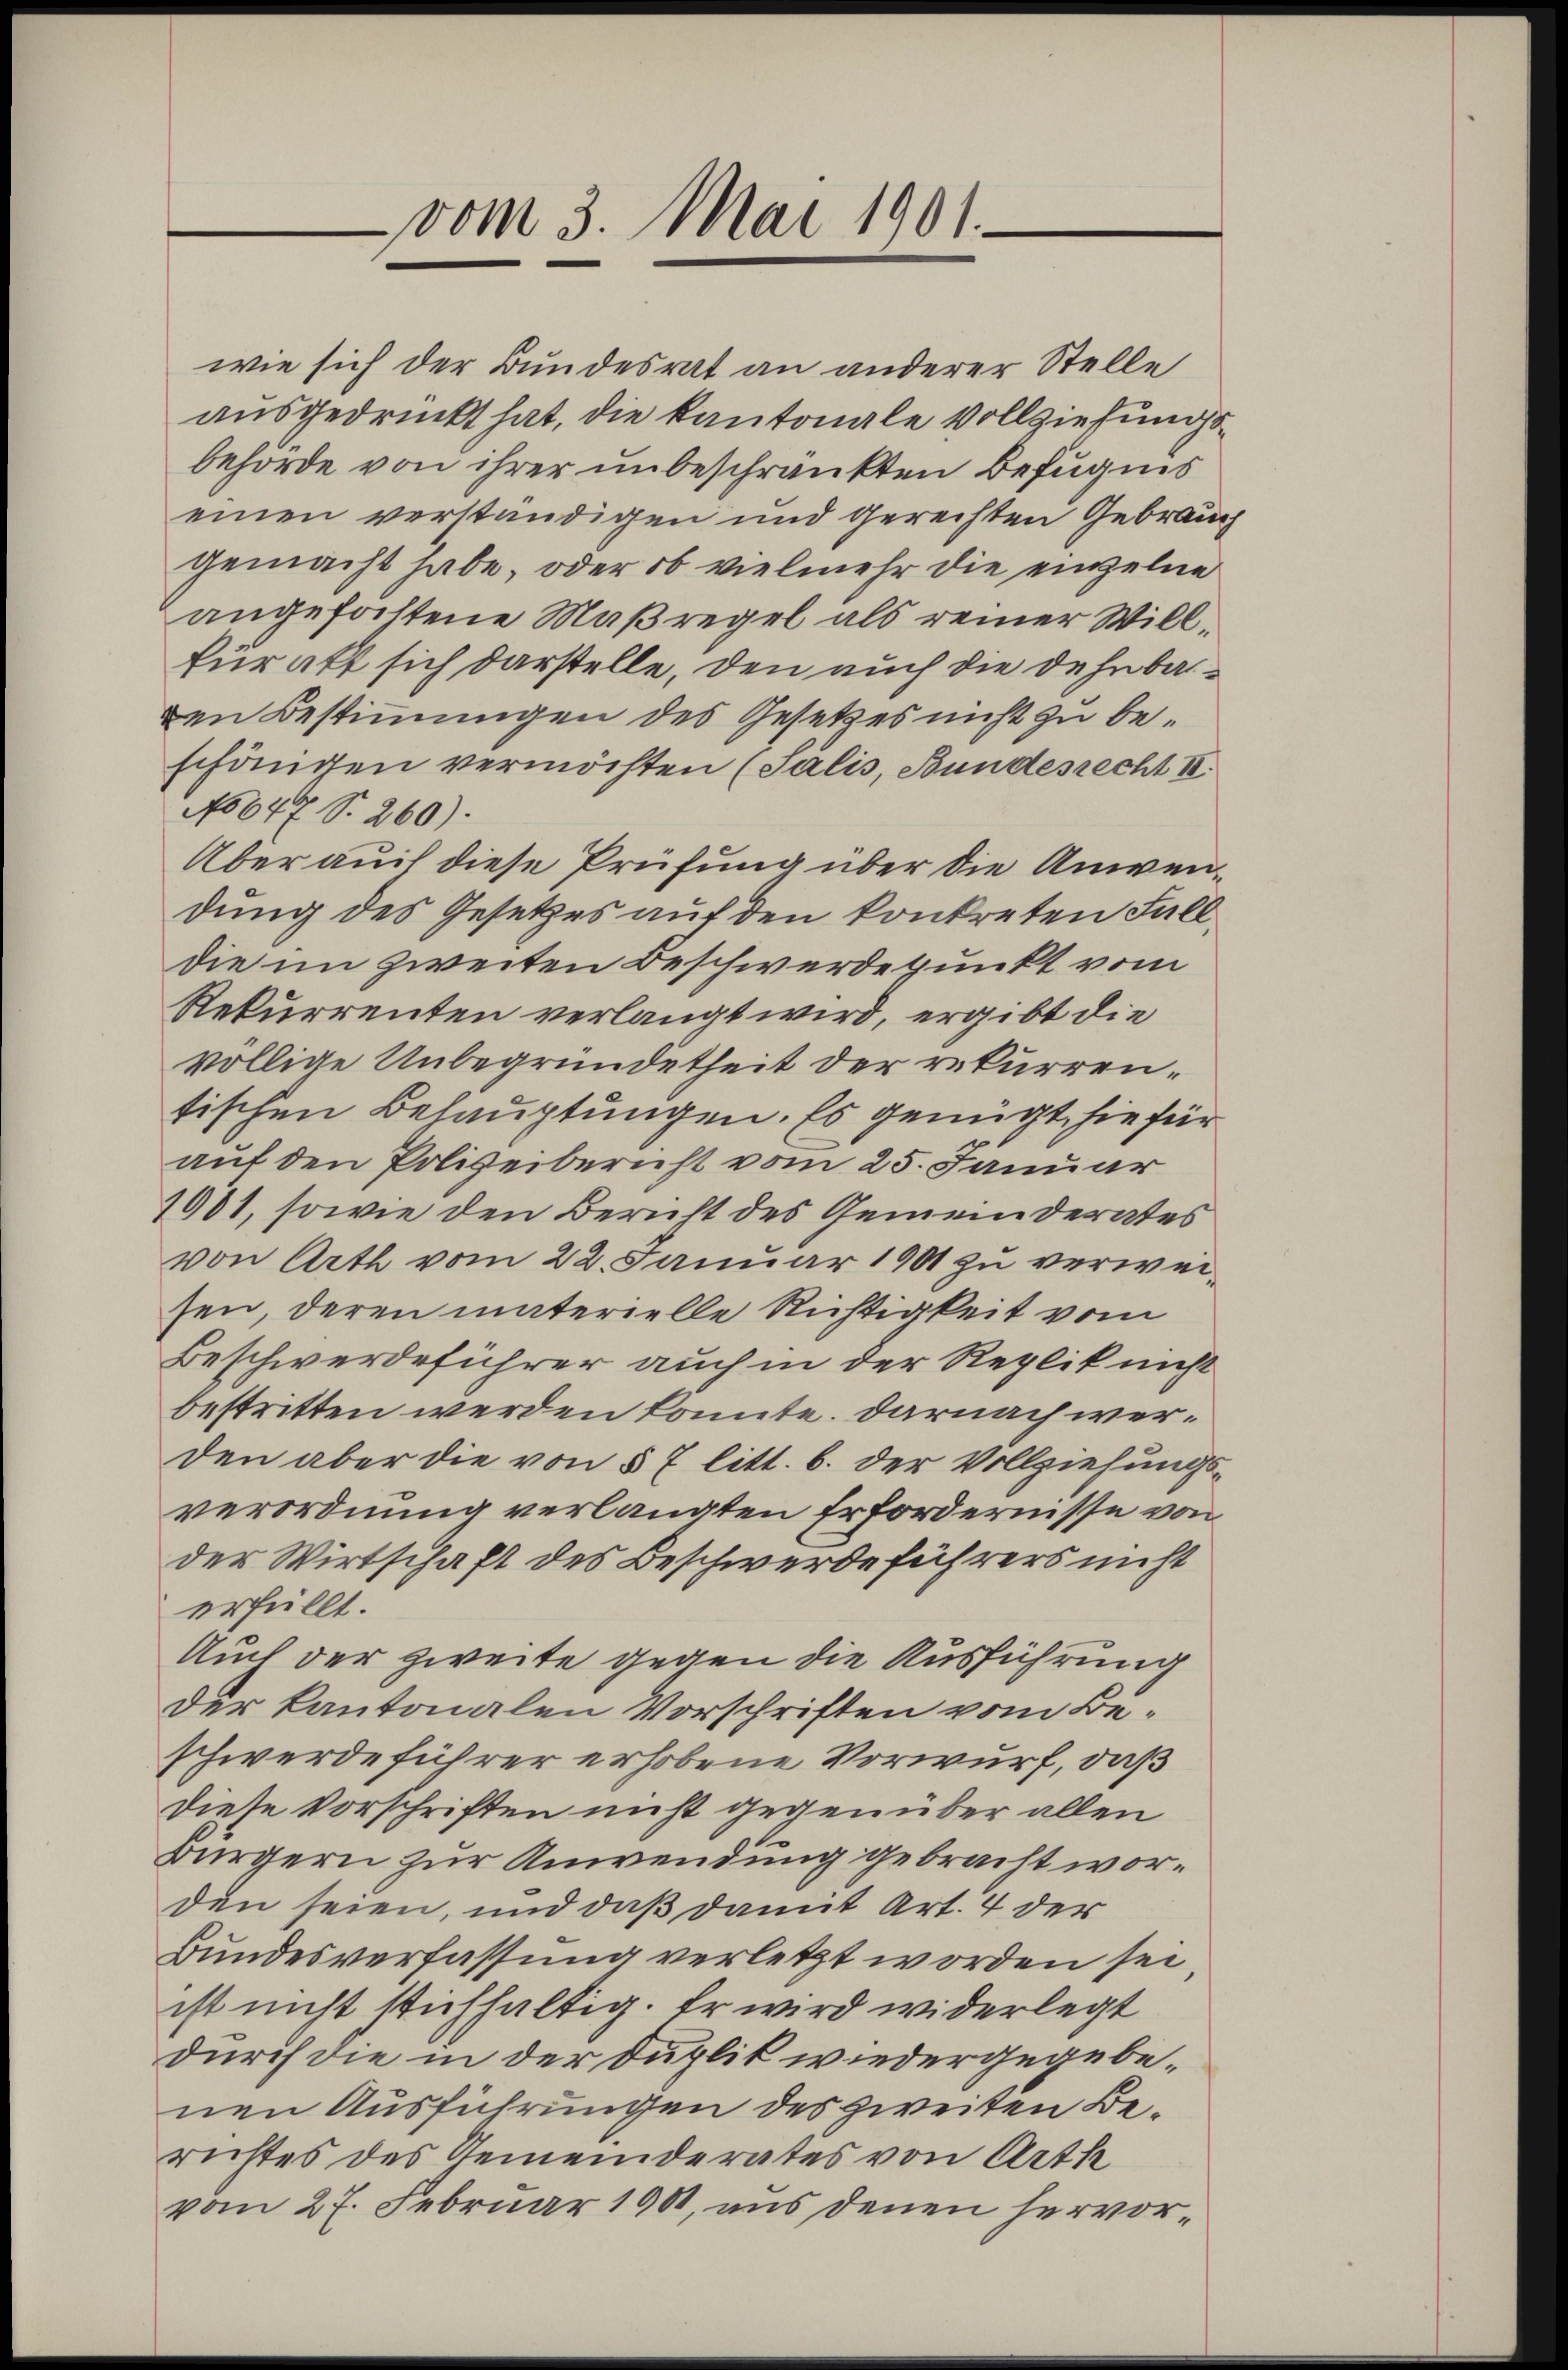
vom 3. Mai 1901.

wie sich der Bundesrat an anderer Stelle
ausgedruckt hat, die kantonale Vollziehungsbehörde von ihrer unbeschränkten Befugnis
einen verständigen und gerechten Gebraugemacht habe, oder ob vielmehr die einzelne
angefaltene Maßregel als reiner Willfür alt sich darstelle, den auch die dehnbarden Bestimmungen des Gesetzes nicht zu beschönigen vermöchten (Salis, Bundesrecht II.
No 647 S. 260).
Über auch diese Prüfung über die Anwendung des Gesetzes auf den konkreten Falldie im zweiten Beschwerdepunkt vom
Rekurrenten verlangt wird, ergibt die
völlige Unbegründetheit der rekurrentischen Behauptungen. Es genügt hiefür
auf den Polizeibericht vom 25. Januar
1901, sowie den Bericht des Gemeinderates
von Arth vom 22. Januar 1901 zu verweisen, deren materielle Richtigkeit vom
Beschwerdeführer auch in der Replik nicht
bestritten werden konnte. Darnach werden aber die von § 7 litt. b. der Vollziehungs-
verordnung verlangten Erfordernisse von
der Wirtschaft des Beschwerde führers nicht
erfüllt.
Auch der zweite gegen die Ausführung
der kantonalen Vorschriften vom Beschwerde führer erhobene Vorwurf, daß
Diese Vorschriften nicht gegenüber allen
Bürgern zur Anwendung gebracht worden seien, und daß damit Art. 4 der
Bundesverfassung verletzt worden sei,
ist nicht stichhaltig. Er wird widerlegt
durch die in der Duplik wiedergegebenen Ausführungen des zweiten Berichtes des Gemeinderates von Arth
vom 27. Februar 1901, aus denen hervor¬